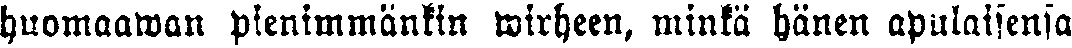
huomaawan pienimmänkin wirheen, minkä hänen apulaisensa